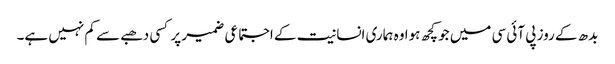
بدھ کے روز پی آئی سی میں جو کچھ ہوا وہ ہماری انسانیت کے اجتماعی ضمیر پر کسی دھبے سے کم نہیں ہے۔